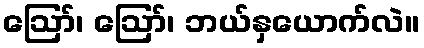
ဪ၊ ဪ၊ ဘယ်နှယောက်လဲ။